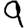
Digit: 9